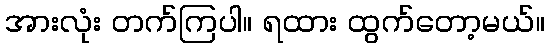
အားလုံး တက်ကြပါ။ ရထား ထွက်တော့မယ်။